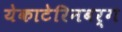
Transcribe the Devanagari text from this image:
येकाटेरिनबर्ग